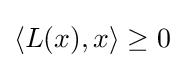
\langle L(x),x\rangle \geq 0